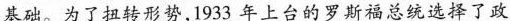
基础。为了扭转形势，1933年上台的罗斯福总统选择了政